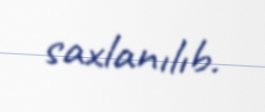
saxlanılıb.